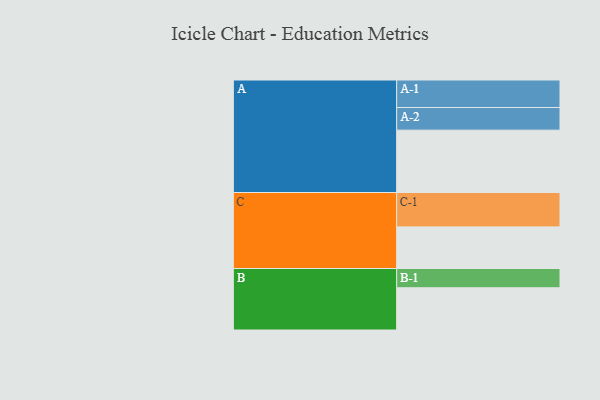
{"axis": {"x": "Segment", "y": "Value"}, "legend": ["", "A", "B", "C"], "data": [{"x": "A", "y": 499, "type": ""}, {"x": "B", "y": 338, "type": ""}, {"x": "C", "y": 333, "type": ""}, {"x": "A-1", "y": 220, "type": "A"}, {"x": "A-2", "y": 181, "type": "A"}, {"x": "B-1", "y": 154, "type": "B"}, {"x": "C-1", "y": 275, "type": "C"}]}